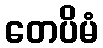
တေပိမံ